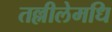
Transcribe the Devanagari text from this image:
तल्लीलेमधि